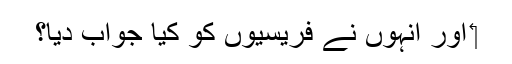
‏ اور اُنہوں نے فریسیوں کو کیا جواب دیا؟